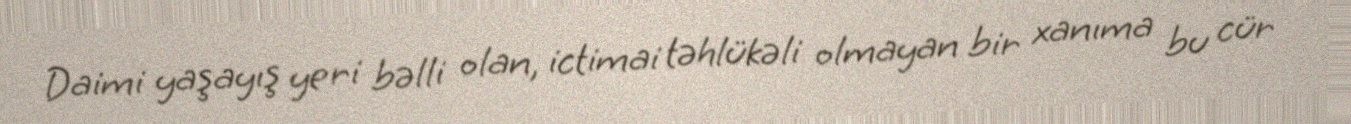
Daimi yaşayış yeri bəlli olan, ictimai təhlükəli olmayan bir xanıma bu cür